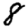
Digit: 8